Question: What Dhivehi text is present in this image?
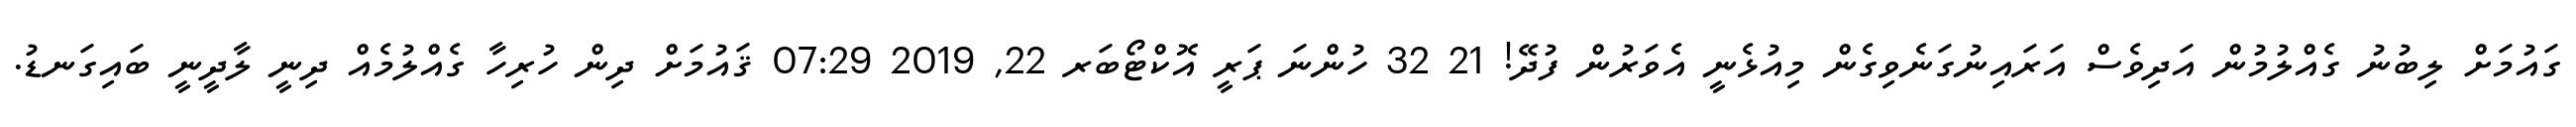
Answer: ގައުމަށް ލިބުނު ގެއްލުމުން އަދިވެސް އަރައިނުގަނެވިގެން މިއުޅެނީ އެވަރުން ފުދޭ! 21 32 ހުންނަ ޕަރީ އޮކްޓޯބަރ 22, 2019 07:29 ޤައުމަށް ދިން ހުރިހާ ގެއްލުމެއް ދިނީ ލާދީނީ ބައިގަނޑު.